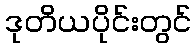
ဒုတိယပိုင်းတွင်